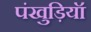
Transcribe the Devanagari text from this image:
पंखुड़ियॉ